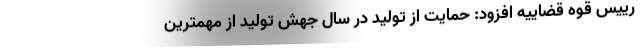
رییس قوه قضاییه افزود: حمایت از تولید در سال جهش تولید از مهمترین